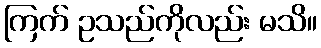
ကြက် ဥသည်ကိုလည်း မသိ။